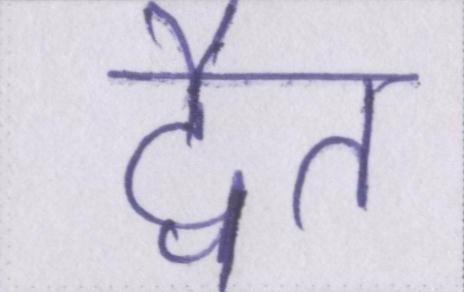
द्वैत